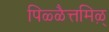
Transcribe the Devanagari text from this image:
पिळ्ळैत्तमिऴ्